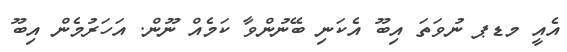
އެއީ މޑޕ ނުވަތަ އިބޫ އެކަނި ބޭނުންވާ ކަމެއް ނޫން. އަހަރުމެން އިބޫ